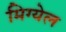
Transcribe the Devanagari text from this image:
मिग्येल